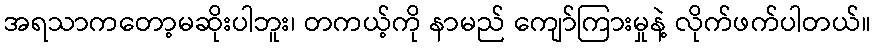
အရသာကတော့မဆိုးပါဘူး၊ တကယ့်ကို နာမည် ကျော်ကြားမှုနဲ့ လိုက်ဖက်ပါတယ်။